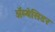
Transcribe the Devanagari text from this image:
अॅम्बेसिडर